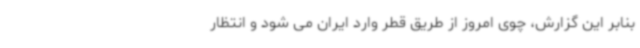
بنابر این گزارش، چوی امروز از طریق قطر وارد ایران می شود و انتظار